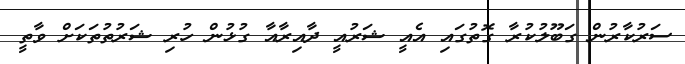
ސަރުކާރުން ގަބޫލުކުރާ ގޮތުގައި އެއީ ޝަރުއީ ދާއިރާއާ ގުޅުން ހުރި ޝަރުތުތަކަށް ވާތީ